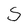
Character: S